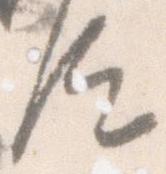
汰